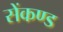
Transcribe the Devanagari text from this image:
सेंकण्ड